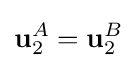
\mathbf {u} _{2}^{A}=\mathbf {u} _{2}^{B}